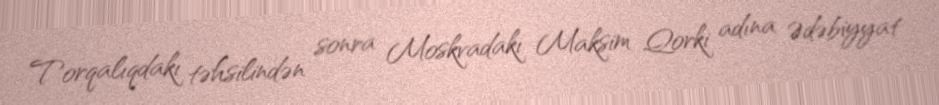
Torqalıqdakı təhsilindən sonra Moskvadakı Maksim Qorki adına Ədəbiyyat